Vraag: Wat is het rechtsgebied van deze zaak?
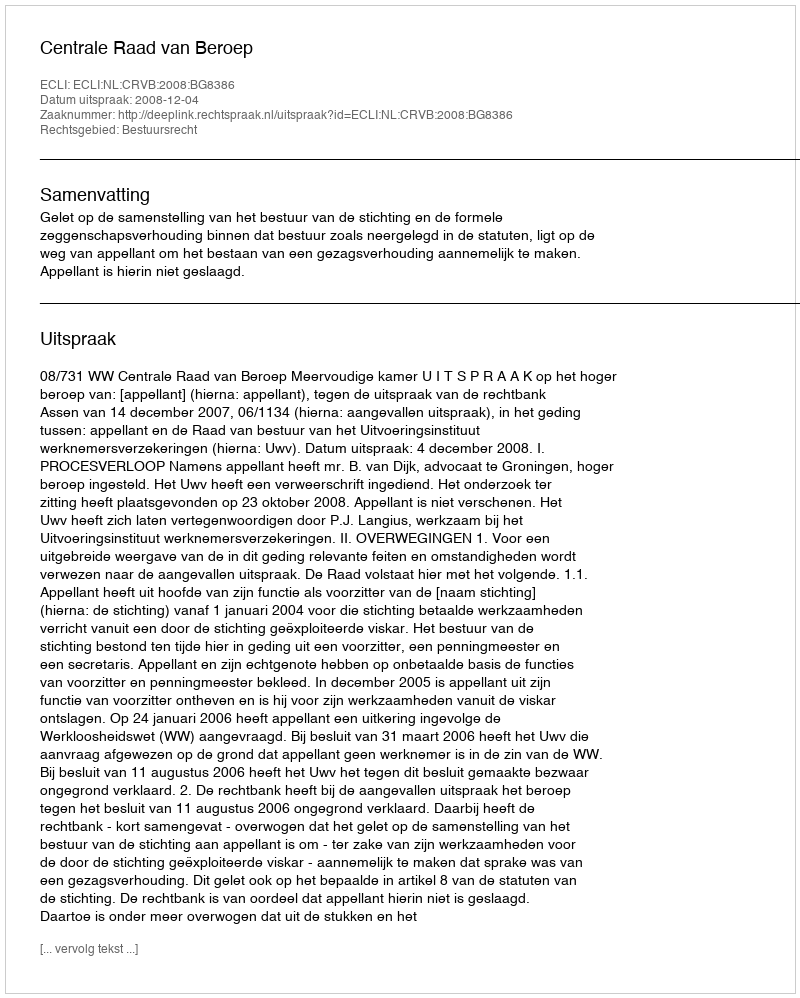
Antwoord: Bestuursrecht